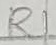
Text: R1